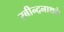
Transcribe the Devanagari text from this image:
रबीन्द्रनाथके